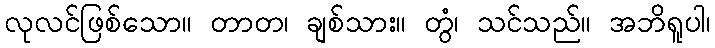
လုလင်ဖြစ်သော။ တာတ၊ ချစ်သား။ တွံ၊ သင်သည်။ အဘိရူပါ၊